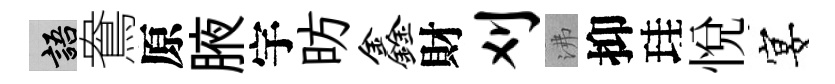
語鴦原腋宇昉鑫財刈沸抑珪悦宴